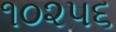
૧૦૨૫૬